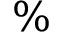
\%